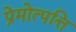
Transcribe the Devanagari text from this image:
प्रेमोत्पत्ति